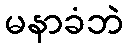
မနာခံဘဲ